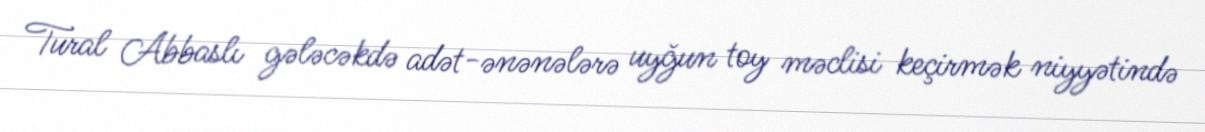
Tural Abbaslı gələcəkdə adət-ənənələrə uyğun toy məclisi keçirmək niyyətində